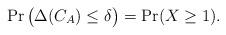
LaTeX: \begin{align*} \Pr\big(\Delta(C_A)\le\delta\big)=\Pr(X\ge 1).\end{align*}